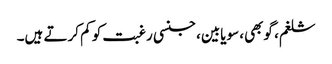
شلغم، گوبھی، سویابین، جنسی رغبت کو کم کرتے ہیں۔